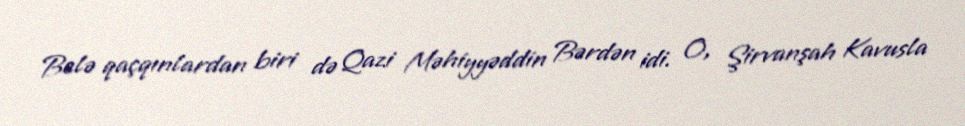
Belə qaçqınlardan biri də Qazi Məhiyyəddin Bərdən idi. O, Şirvanşah Kavusla